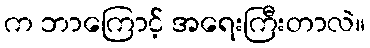
က ဘာကြောင့် အရေးကြီးတာလဲ။